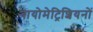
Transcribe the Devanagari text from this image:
बायोमेट्रिशियनों